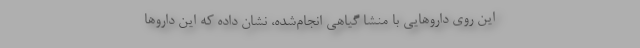
این روی داروهایی با منشا گیاهی انجام‌شده، نشان داده که این داروها